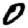
Digit: 0